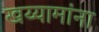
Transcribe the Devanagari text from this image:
खय्यामांना